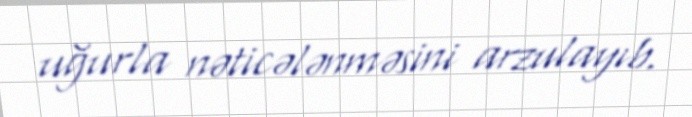
uğurla nəticələnməsini arzulayıb.